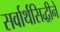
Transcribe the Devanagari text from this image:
सर्वार्थसिद्धीने